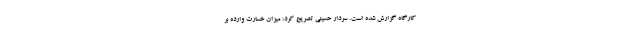
کارگاه گزارش شده است. سردار حسینی تصریح کرد: میزان خسارت وارده بر